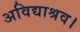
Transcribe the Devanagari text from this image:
अविद्याश्रव।